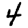
Digit: 4